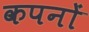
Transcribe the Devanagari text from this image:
कपनों